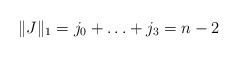
LaTeX: \begin{align*} \Vert J\Vert_1=j_0 + \ldots + j_3 = n-2\end{align*}